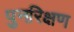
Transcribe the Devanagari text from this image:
पुनरिक्षण